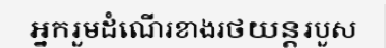
អ្នករួមដំណើរខាងរថយន្តរបួស